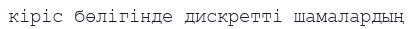
кіріс бөлігінде дискретті шамалардың